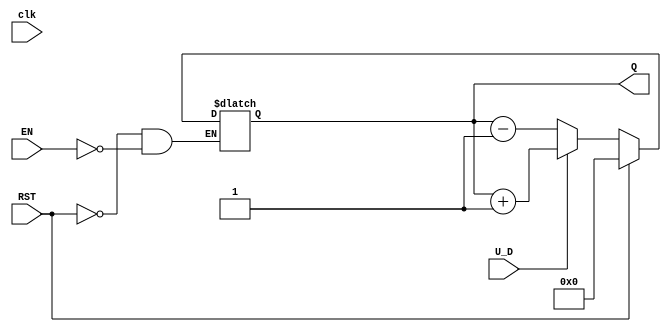
module UpDownCounter (
    input wire clk,               // Clock signal (not used for async operation)
    input wire U_D,               // Up/Down control signal
    input wire RST,               // Asynchronous reset signal
    input wire EN,                // Enable signal
    output reg [3:0] Q            // 4-bit count value (can be modified)
);

    always @(*) begin
        if (RST) begin
            Q <= 4'b0000;          // Asynchronous reset to 0
        end else if (EN) begin
            if (U_D) begin          // Count Up
                Q <= Q + 1;
            end else begin          // Count Down
                Q <= Q - 1;
            end
        end
    end

endmodule